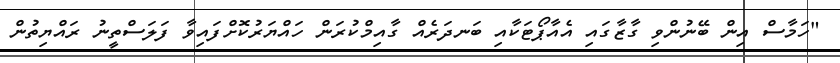
"ހަމާސް އިން ބޭނުންވި ގާޒާގައި އެއާޕޯޓަކާއި ބަނދަރެއް ގާއިމްކުރަން ހައްޔަރުކޮށްފައިވާ ފަލަސްތީނު ރައްޔިތުން